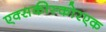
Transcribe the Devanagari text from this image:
एक्सकीस्कोरएक